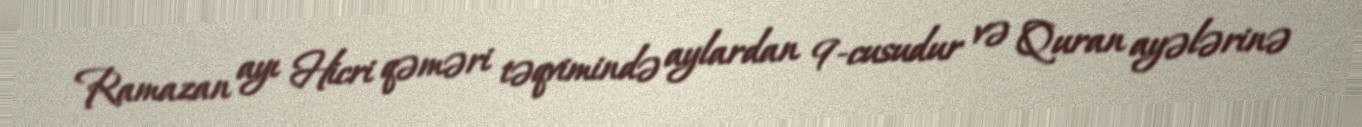
Ramazan ayı Hicri qəməri təqvimində aylardan 9-cusudur və Quran ayələrinə